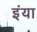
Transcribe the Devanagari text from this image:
इंया